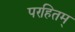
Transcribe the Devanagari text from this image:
परहितम्